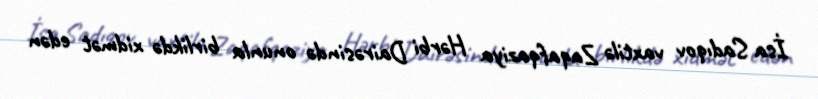
İsa Sadıqov vaxtilə Zaqafqaziya Hərbi Dairəsində onunla birlikdə xidmət edən